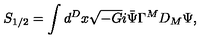
S _ { 1 / 2 } = \int d ^ { D } x \sqrt { - G } i \bar { \Psi } \Gamma ^ { M } D _ { M } \Psi ,